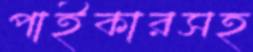
পাইকারসহ